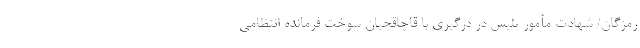
رمزگان/ شهادت مأمور پلیس در درگیری با قاچاقچیان سوخت فرمانده انتظامی